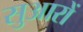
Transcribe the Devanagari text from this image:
सुआरों